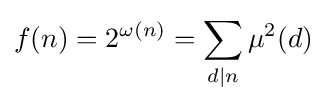
f(n)=2^{\omega (n)}=\sum _{d|n}\mu ^{2}(d)